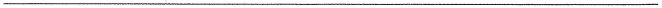
___